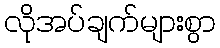
လိုအပ်ချက်များစွာ